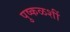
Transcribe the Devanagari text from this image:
पुष्कळशीं